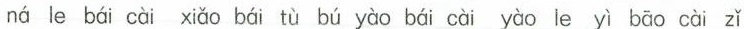
ná le bái cài xiǎo bái tù bú yào bái cài yào le yì bāo cài zǐ